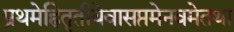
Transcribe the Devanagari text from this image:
प्रथमेह्नितृतीयेवासप्तमेनवमेतथा